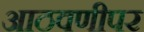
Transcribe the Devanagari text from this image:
आठवणीपर